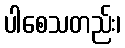
ပါစေသတည်း၊